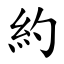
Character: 約